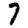
Digit: 7